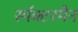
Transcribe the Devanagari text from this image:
स्पॅक्टरमैन